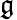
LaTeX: \mathfrak{g^{}}